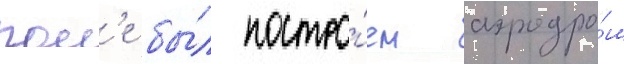
пол'е бы́л постро́ен аэродро́м